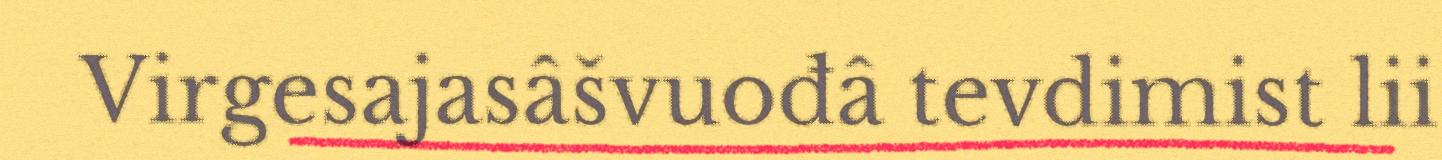
Virgesajasâšvuođâ tevdimist lii